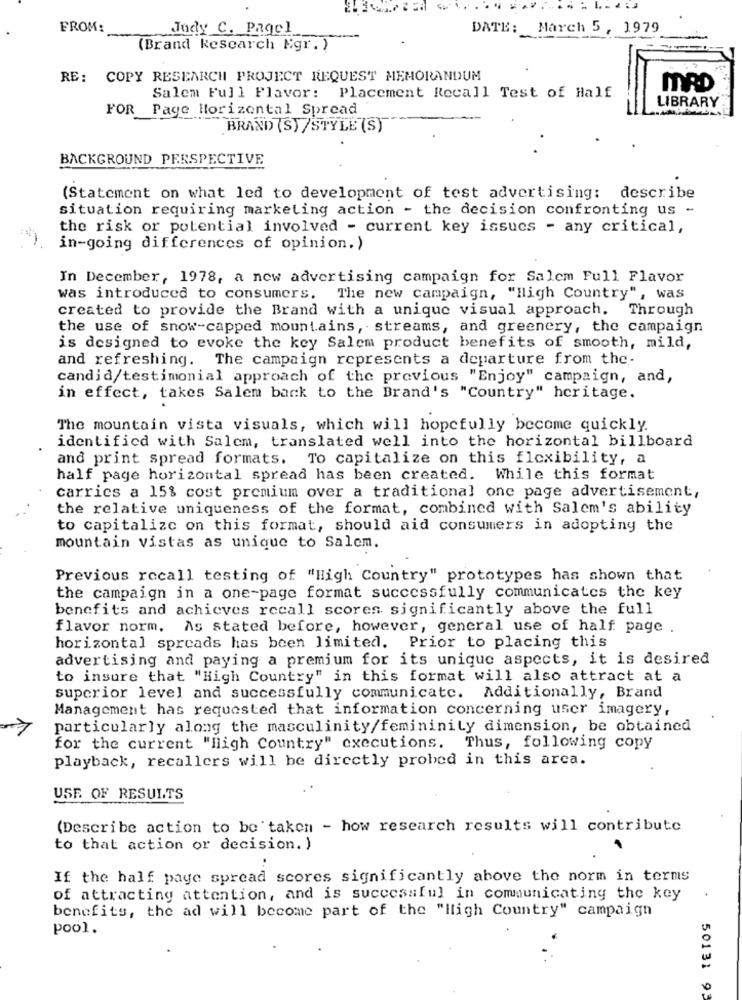
FROM:
Jody C. Pagcl
DATE: March 5, 1979
(Brand Rescarch Ngr. )
RE: COPY RESEARCH PROJECT REQUEST MEMORANDUM
MRD
Salem Full Flavor: Placement Recall Test of Half
LIBRARY
FOR
Page Horizontal Spread
BRAND (S) /STYLE (S)
BACKGROUND PERSPECTIVE
(Statement on what led to development of test advertising: describe
situation requiring marketing action - the decision confronting us -
the risk or potential involved - current key issues - any critical,
in-going differences of opinion.)
In December, 1978, a new advertising campaign for Salem Full Flavor
was introduced to consumers.
The new campaign, "High Country", was
created to provide the Brand with a unique visual approach. Through
the use of snow-capped mountains, streams, and greenery, the campaign
is designed to evoke the key Salem product benefits of smooth, mild,
and refreshing. The campaign represents a departure from the-
candid/testimonial approach of the previous "Enjoy" campaign, and,
in effect, takes Salem back to the Brand's "Country" heritage.
The mountain vista visuals, which will hopefully become quickly.
identified with Salem, translated well into the horizontal billboard
and print spread formats. To capitalize on this flexibility, a
half page horizontal spread has been created. While this format
carries a 15% cost premium over a traditional one page advertisement,
the relative uniqueness of the format, combined with Salem's ability
to capitalize on this format, should aid consumers in adopting the
mountain vistas as unique to Salem.
Previous recall testing of "High Country" prototypes has shown that
the campaign in a one-page format successfully communicates the key
benefits and achieves recall scores significantly above the full
flavor norm. As stated before, however, general use of half page .
horizontal spreads has been limited. Prior to placing this
advertising and paying a premium for its unique aspects, it is desired
to insure that "High Country" in this format will also attract at a
superior level and successfully communicate. Additionally, Brand
Management has requested that information concerning user imagery,
particularly along the masculinity/femininity dimension, be obtained
for the current "high Country" executions. Thus, following copy
playback, recallers will be directly probed in this area.
USE OF RESULTS
(Describe action to be taken - how research results will contribute
to that action or decision. )
If the half paye spread scores significantly above the norm in terms
of attracting attention, and is successful in communicating the key
benefits, the ad will become part of the "High Country" campaign
pool.
50131 93